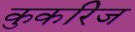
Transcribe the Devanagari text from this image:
कुकरिज